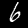
Digit: 6